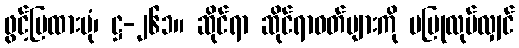
ဖွင့်ပြထားပုံ၊ ဋ္ဌ-၂၆၁။ ဆိုင်ရာ ဆိုင်ရာဝတ်များကို မပြုလုပ်လျှင်